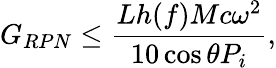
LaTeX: G_{RPN}\leq\frac{Lh(f)Mc\omega^{2}}{10\cos\theta P_{i}},